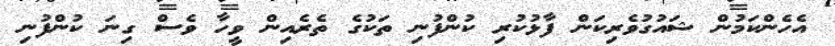
އެހެންކަމުން ޝައުގުވެރިކަން ފާޅުކުރި ކުންފުނި ތަކުގެ ތެރެއިން ވީހާ ވެސް ގިނަ ކުންފުނި